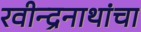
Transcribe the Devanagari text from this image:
रवीन्द्रनाथांचा